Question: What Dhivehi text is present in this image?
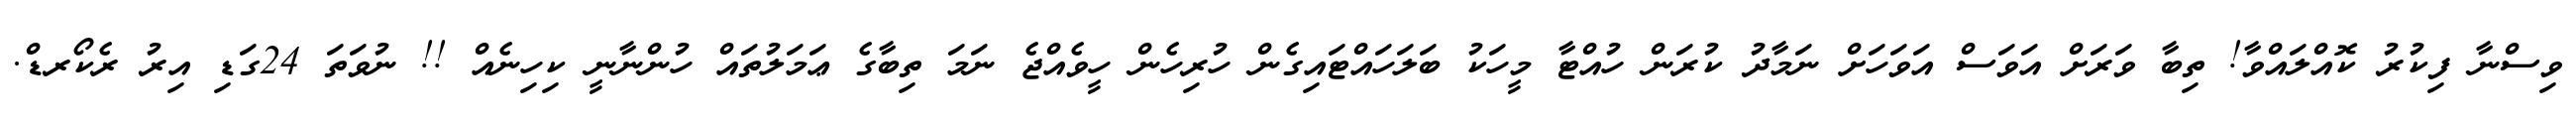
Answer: ވިސްނާ ފިކުރު ކޮއްލައްވާ! ތިބާ ވަރަށް އަވަސް އަވަހަށް ނަމާދު ކުރަން ހުއްޓާ މީހަކު ބަލަހައްޓައިގެން ހުރިހެން ހީވެއްޖެ ނަމަ ތިބާގެ ޢަމަލުތައް ހުންނާނީ ކިހިނެއް !! ނުވަތަ 24ގަޑި އިރު ރެކޯރޑް.